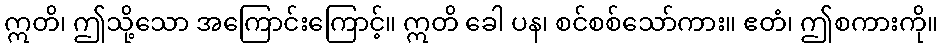
ဣတိ၊ ဤသို့သော အကြောင်းကြောင့်။ ဣတိ ခေါ ပန၊ စင်စစ်သော်ကား။ ဧတံ၊ ဤစကားကို။